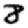
Digit: 8